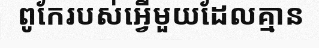
ពូកែរបស់អ្វើមួយដែលគ្មាន